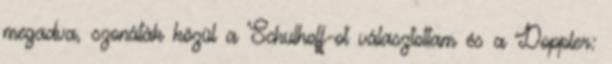
megadva, szonáták közül a Schulhoff-ot választottam és a Doppler: